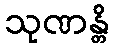
သုဏန္တိ